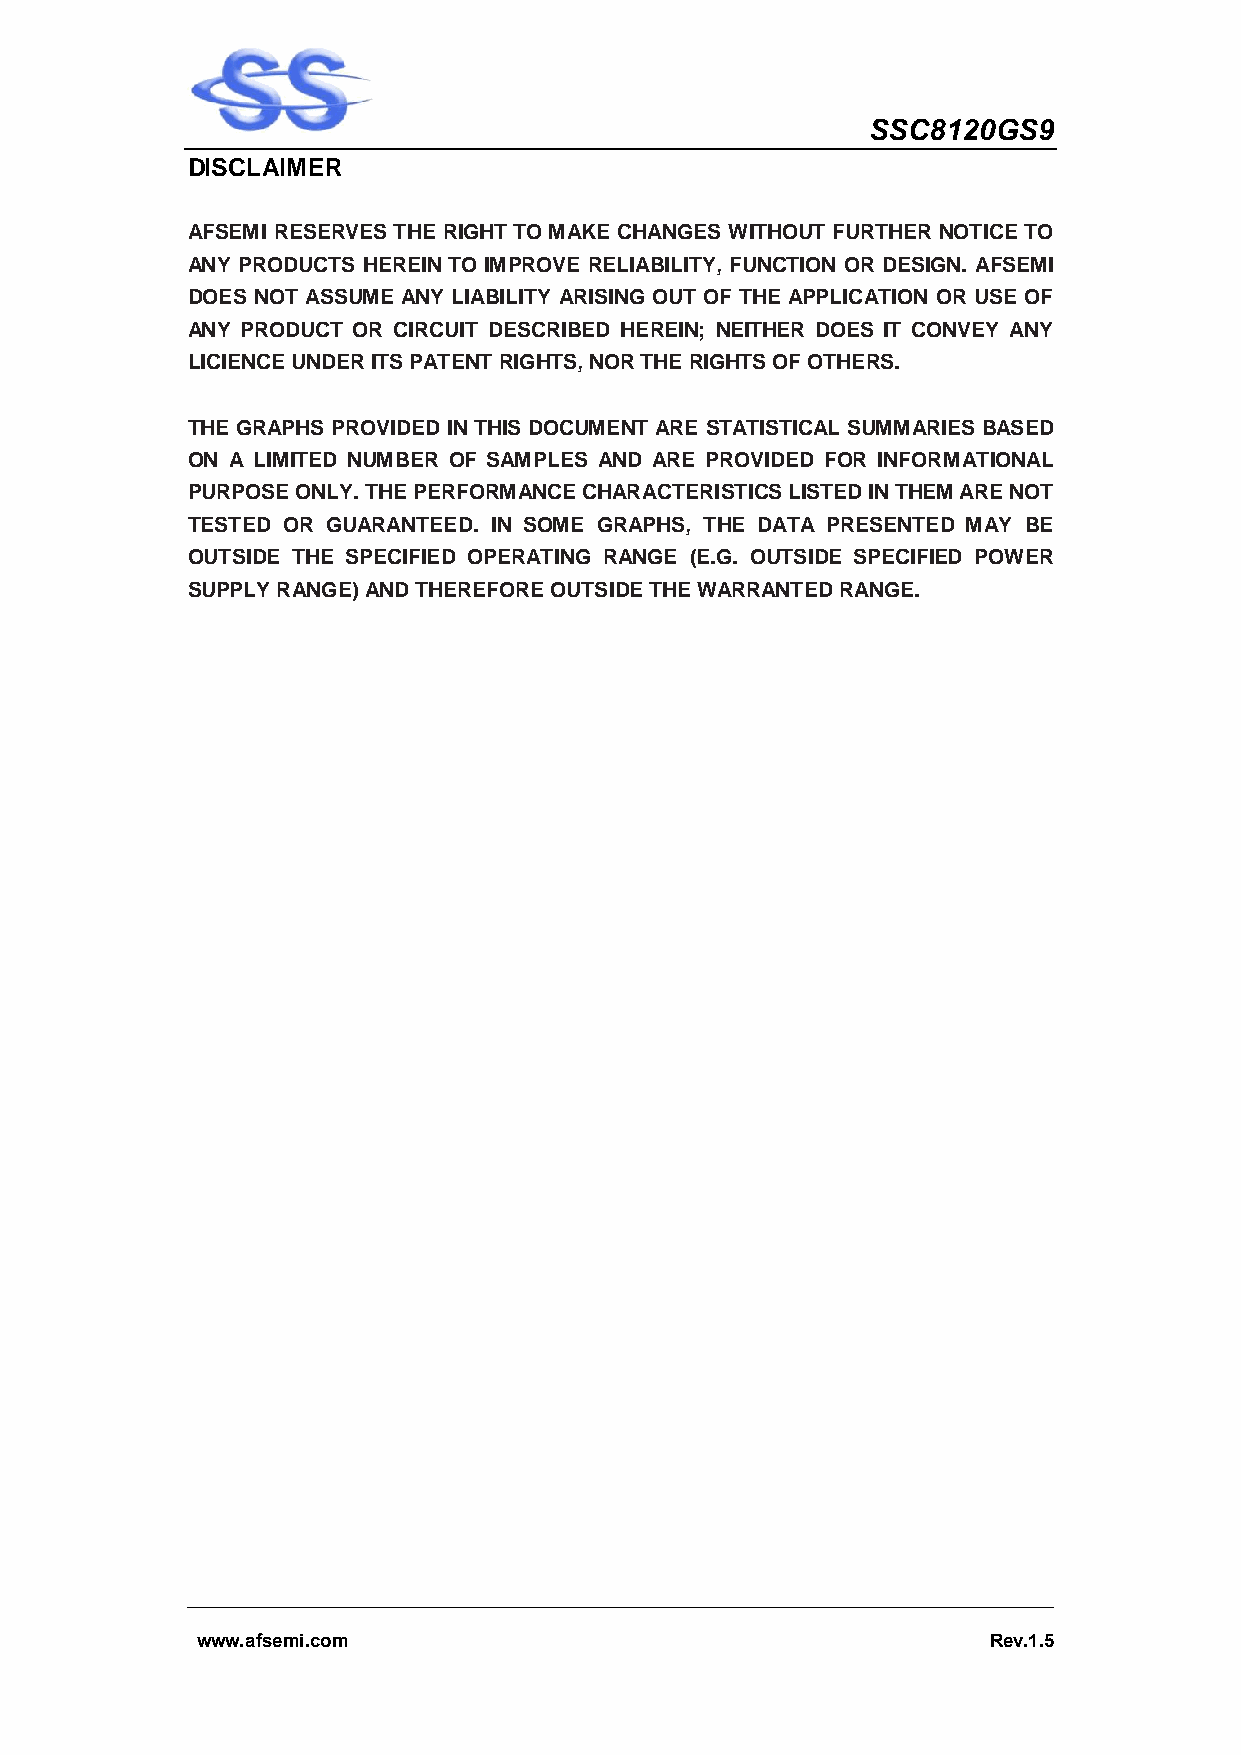
SSC8120GS9
 DISCLAIMER
 AFSEMI RESERVES THE RIGHT TO MAKE CHANGES WITHOUT FURTHER NOTICE TO
 ANY PRODUCTS HEREIN TO IMPROVE RELIABILITY, FUNCTION OR DESIGN. AFSEMI
 DOES NOT ASSUME ANY LIABILITY ARISING OUT OF THE APPLICATION OR USE OF
 ANY PRODUCT OR CIRCUIT DESCRIBED HEREIN; NEITHER DOES IT CONVEY ANY
 LICIENCE UNDER ITS PATENT RIGHTS, NOR THE RIGHTS OF OTHERS.
 THE GRAPHS PROVIDED IN THIS DOCUMENT ARE STATISTICAL SUMMARIES BASED
 ON A LIMITED NUMBER OF SAMPLES AND ARE PROVIDED FOR INFORMATIONAL
 PURPOSE ONLY. THE PERFORMANCE CHARACTERISTICS LISTED IN THEM ARE NOT
 TESTED OR GUARANTEED. IN SOME GRAPHS, THE DATA PRESENTED MAY BE
 OUTSIDE THE SPECIFIED OPERATING RANGE (E.G. OUTSIDE SPECIFIED POWER
 SUPPLY RANGE) AND THEREFORE OUTSIDE THE WARRANTED RANGE.
 www.afsemi.com                                      Rev.1.5